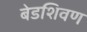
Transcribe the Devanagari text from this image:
बेडशिवण